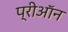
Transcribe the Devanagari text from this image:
प्रीऑन